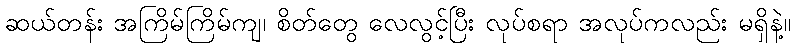
ဆယ်တန်း အကြိမ်ကြိမ်ကျ၊ စိတ်တွေ လေလွင့်ပြီး လုပ်စရာ အလုပ်ကလည်း မရှိနဲ့။